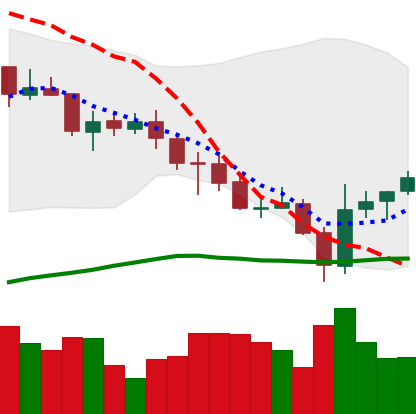
Ticker: ADA-USD
Chart end date: 2021-07-24
Forward return: 4.101%
Label: up_3_5